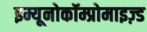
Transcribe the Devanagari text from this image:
इम्यूनोकॉम्प्रोमाइज़्ड